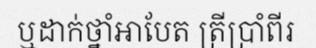
ឬដាក់ថ្នាំអាបែត ត្រីប្រាំពីរ